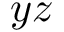
y z